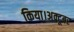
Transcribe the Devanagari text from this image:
किया।अक्टूबर